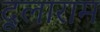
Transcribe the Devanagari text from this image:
दूलाराम